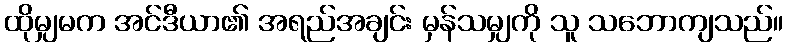
ထိုမျှမက အင်ဒီယာ၏ အရည်အချင်း မှန်သမျှကို သူ သဘောကျသည်။